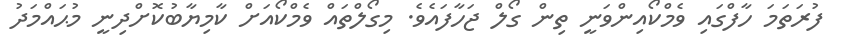
ފުރަތަމަ ހާފްގައި ވެމްކޯއިންވަނީ ތިން ގޯލް ޖަހާފައެވެ. މިގޯލްތައް ވެމްކޯއަށް ކާމިޔާބުކޮށްދިނީ މުޙައްމަދު